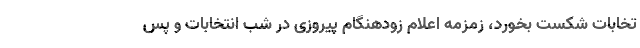
تخابات شکست بخورد، زمزمه اعلام زودهنگام پیروزی در شب انتخابات و پس